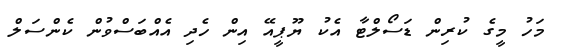
މަހު މީގެ ކުރިން ޑަސޯލްޓާ އެކު ޔޫޕީއޭ އިން ހެދި އެއްބަސްވުން ކެންސަލް